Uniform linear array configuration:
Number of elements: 24
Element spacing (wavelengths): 0.75
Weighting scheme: cosine
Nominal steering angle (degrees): -15
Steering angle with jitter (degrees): -16.806
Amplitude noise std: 0.05
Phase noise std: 0.05

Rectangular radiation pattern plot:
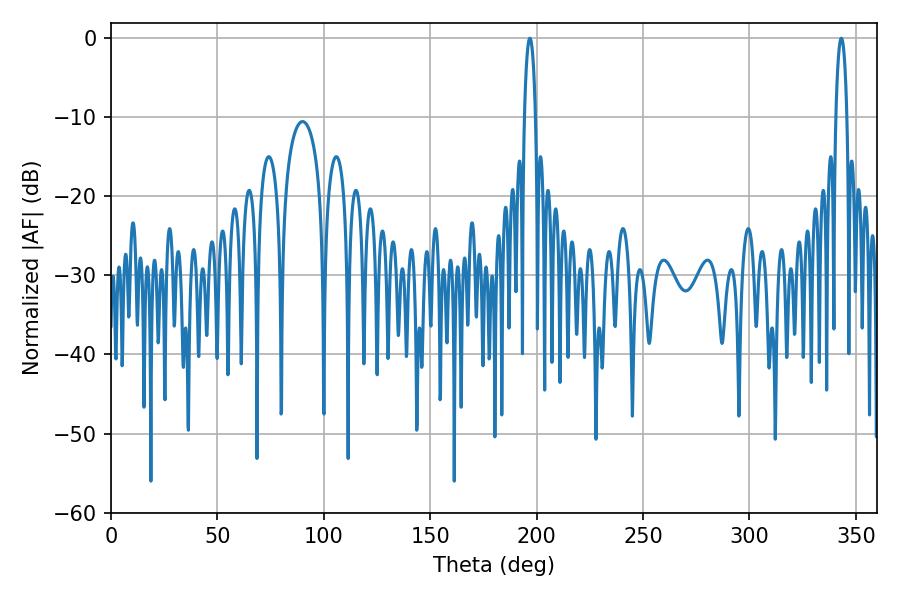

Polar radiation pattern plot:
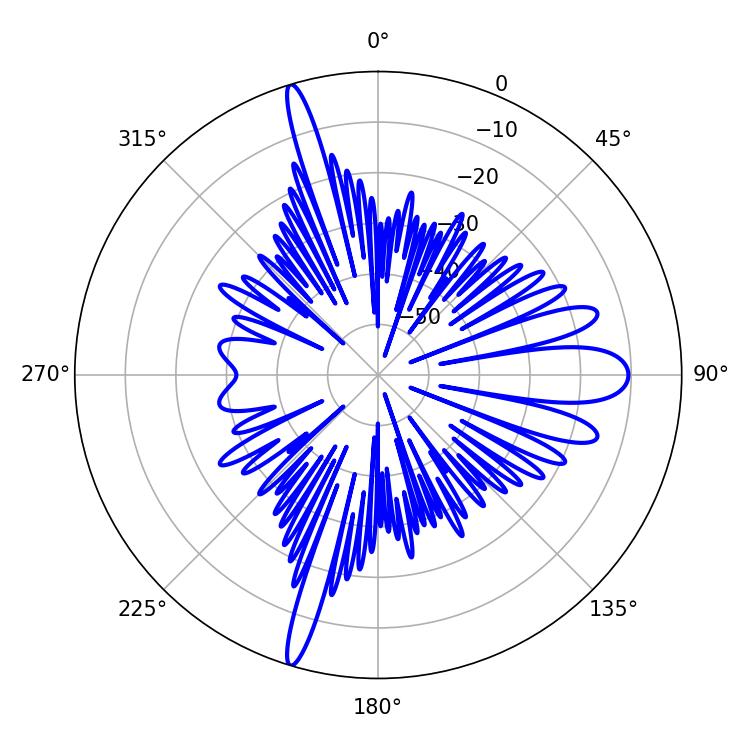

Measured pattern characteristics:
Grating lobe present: TRUE
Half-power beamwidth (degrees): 3.06
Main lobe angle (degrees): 196.74